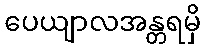
ပေယျာလအန္တရမှိ